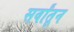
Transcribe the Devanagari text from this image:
सर्वांतून